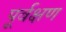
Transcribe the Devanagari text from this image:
पूर्वक्षण